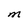
Character: M